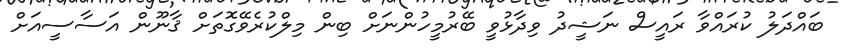
ބައްދަލު ކުރައްވާ ރައީސް ނަޝީދު ވިދާޅުވީ ބޭރުމީހުންނަށް ބިން މިލްކުރެވޭގޮތަށް ޤާނޫން އަސާސީއަށް